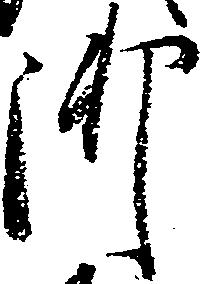
御